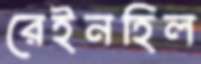
রেইনহিল